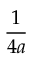
\frac { 1 } { 4 a }